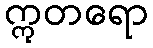
ဣတရော